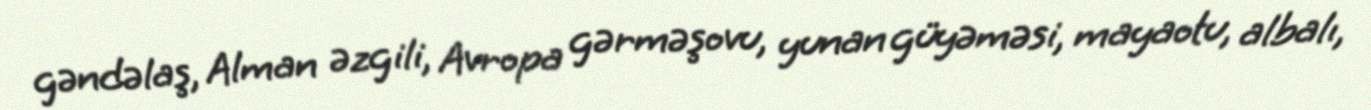
gəndəlaş, Alman əzgili, Avropa gərməşovu, yunan güyəməsi, mayaotu, albalı,